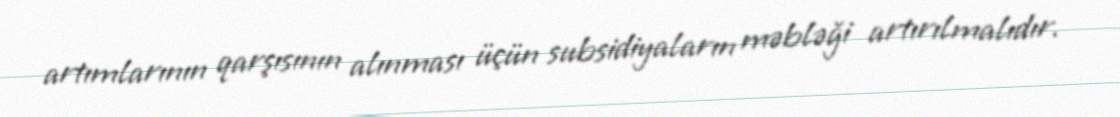
artımlarının qarşısının alınması üçün subsidiyaların məbləği artırılmalıdır.